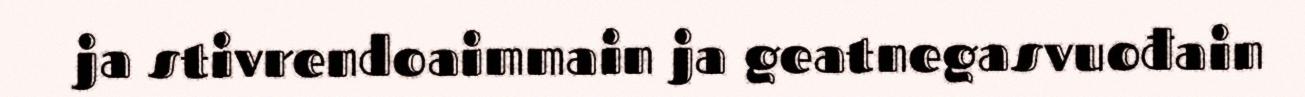
ja stivrendoaimmain ja geatnegasvuođain